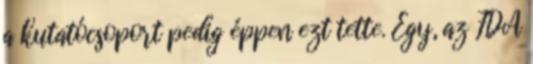
a kutatócsoport pedig éppen ezt tette. Egy, az FDA